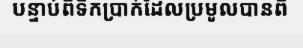
បន្ទាប់ពីទឹកប្រាក់ដែលប្រមូលបានពី